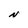
Character: N